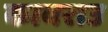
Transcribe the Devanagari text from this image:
कावराउ